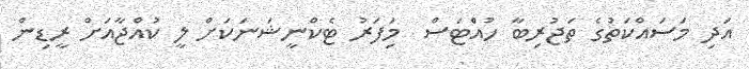
އަދި މަސައްކަތުގެ ތަޖުރިބާ ހުއެްޓަސް  މިަފަރު ޓެކްނީޝަނަކަށް ލީ ކުއްޖާއަށް ރީޑިން